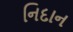
નિદાન